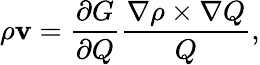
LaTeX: \rho{\mathbf v}=\frac{\partial G}{\partial Q}\frac{\nabla\rho\times\nabla Q}{Q},